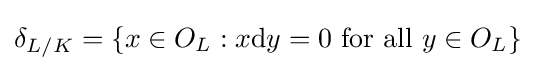
\delta _{L/K}=\{x\in O_{L}:x\mathrm {d} y=0{\text{ for all }}y\in O_{L}\}